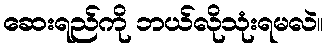
ဆေးရည်ကို ဘယ်လိုသုံးရမလဲ။